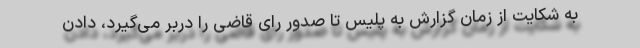
به شکایت از زمان گزارش به پلیس تا صدور رای قاضی را دربر می‌گیرد، دادن